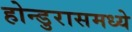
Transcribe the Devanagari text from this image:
होन्डुरासमध्ये